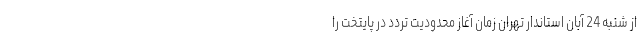
از شنبه 24 آبان استاندار تهران زمان آغاز محدودیت تردد در پایتخت را